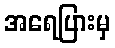
အရေပြားမှ